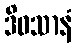
ဒိဝသာနံ